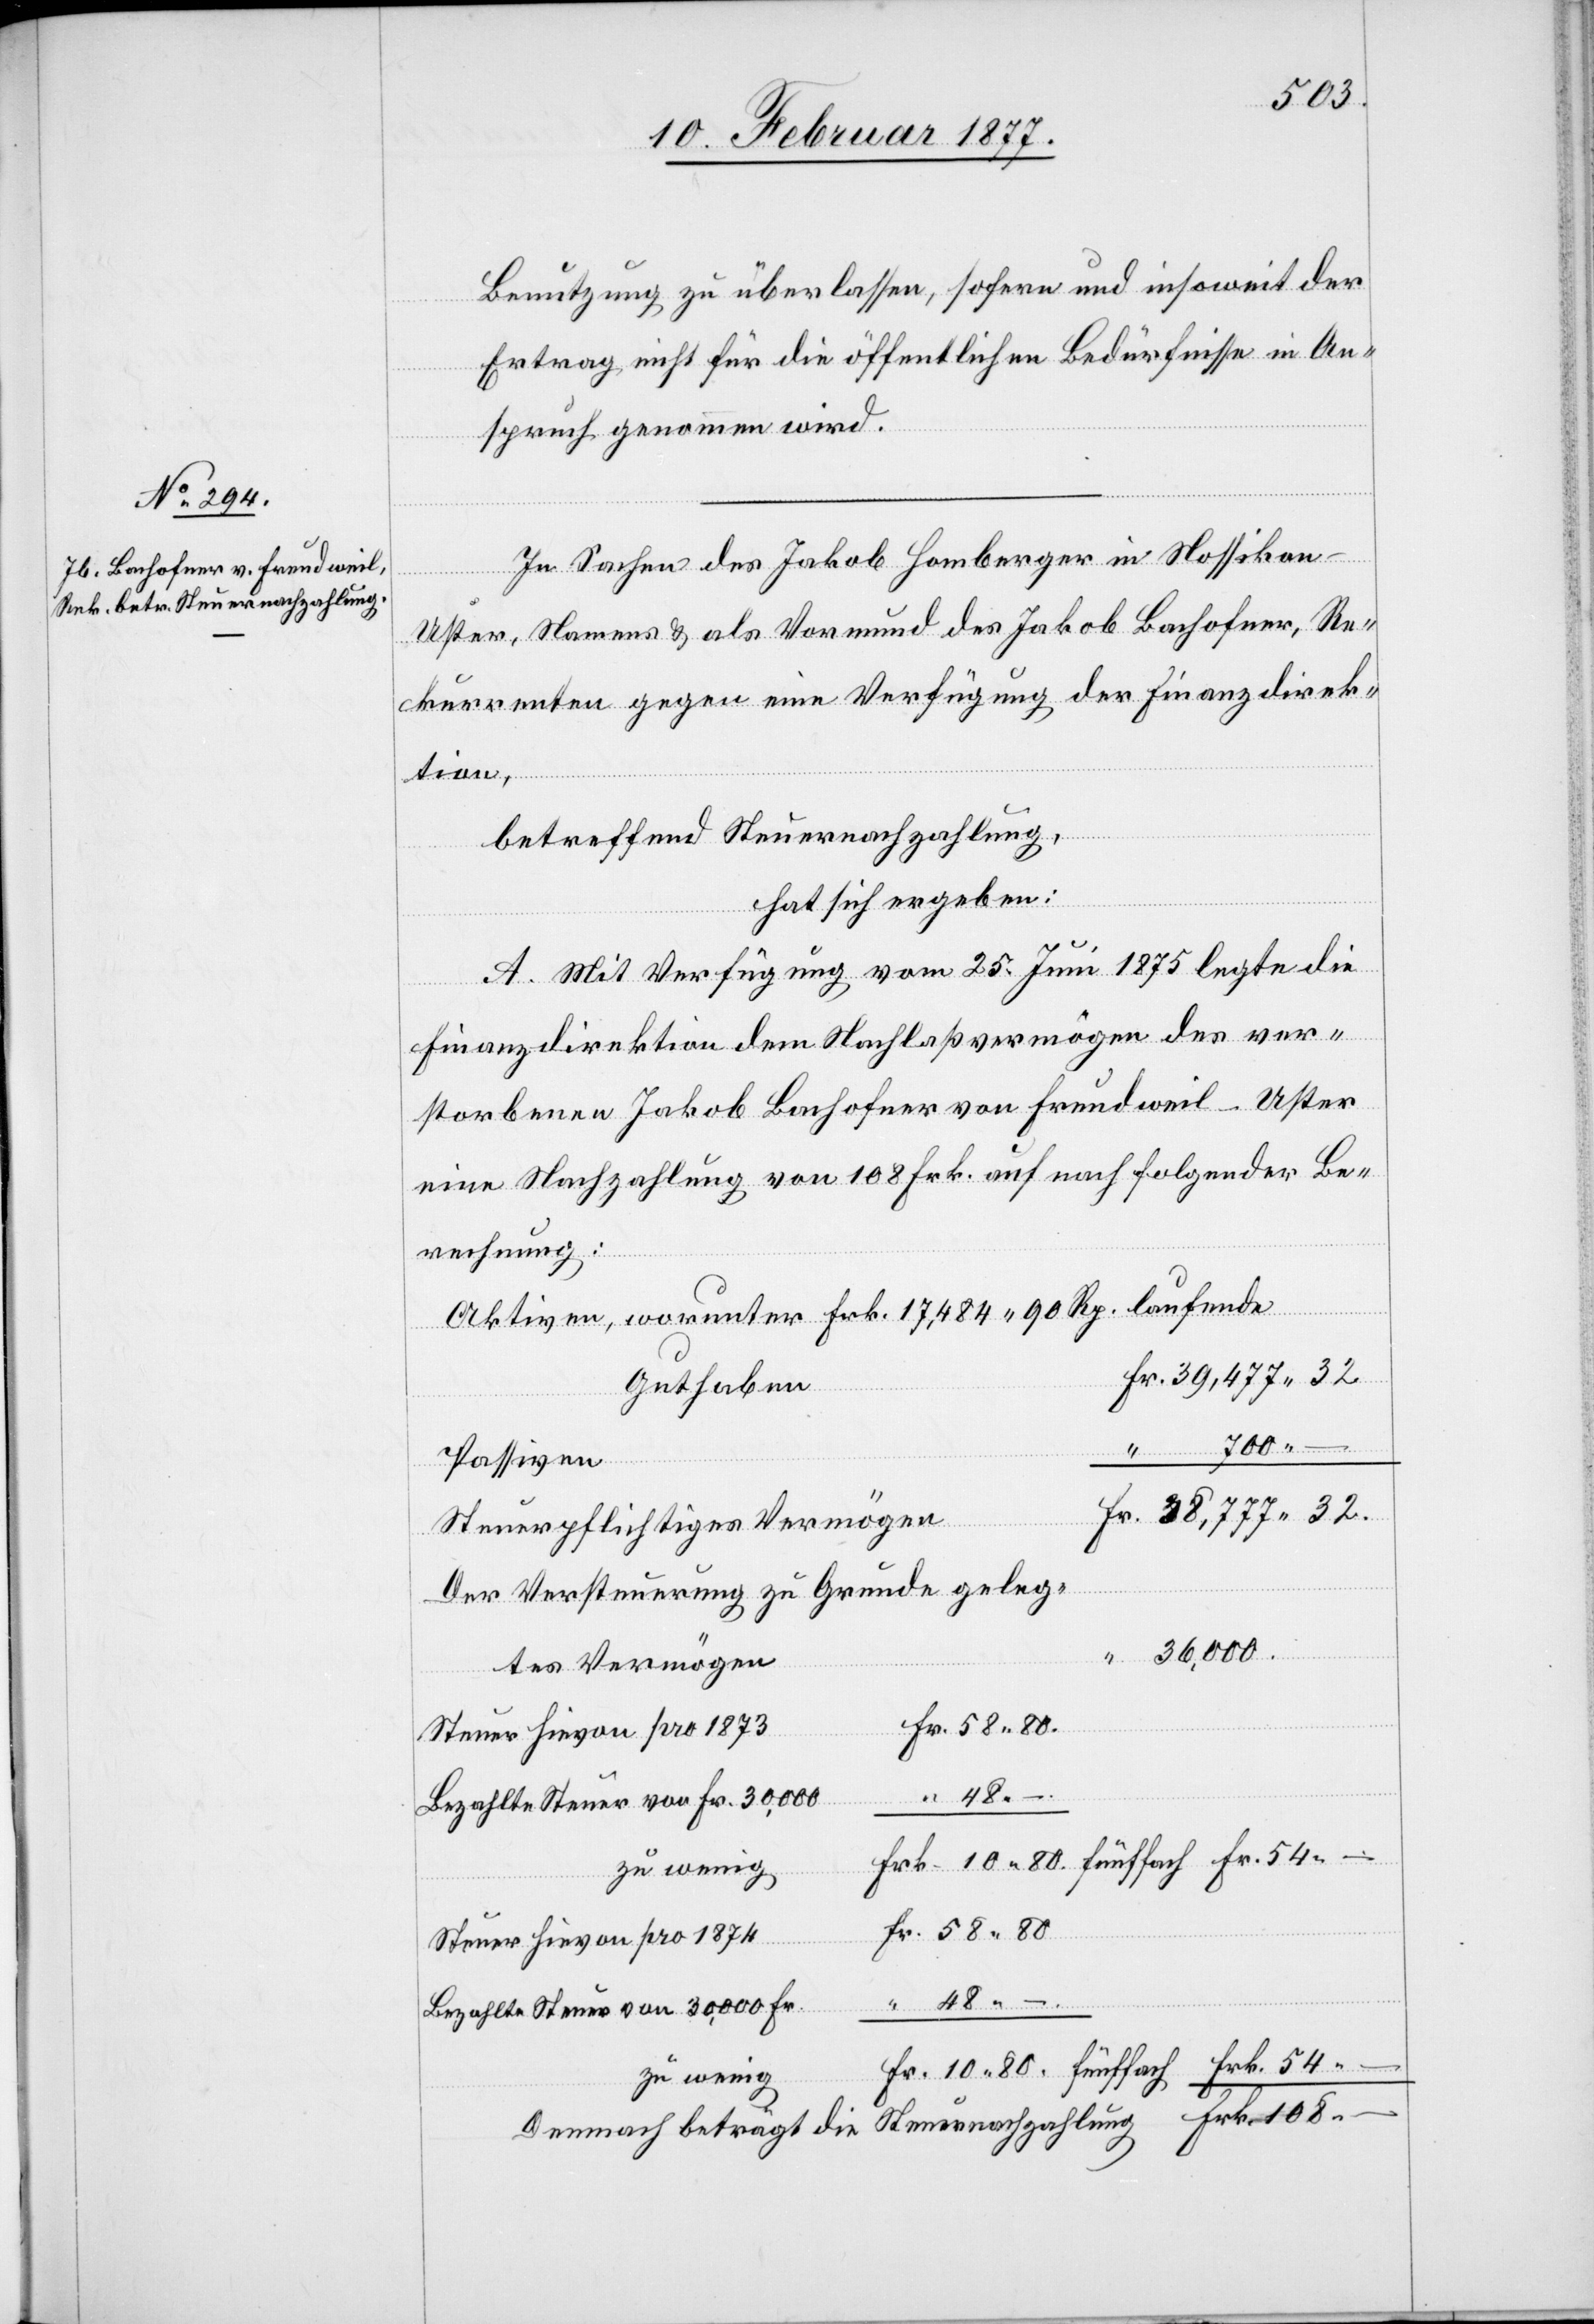
58.80
Benutzung zu überlassen, sofern und insoweit der
Ertrag nicht für die öffentlichen Bedürfnisse in An¬
spruch genommen wird.
In Sachen des Jakob Homberger in Nossikon
Uster, Namens & als Vormund des Jakob Bachofner, Re¬
kurrenten gegen eine Verfügung der Finanzdirek¬
tion,
betreffend Steuernachzahlung,
hat sich ergeben:
108.
A. Mit Verfügung vom 25. Juni 1875 legte die
Finanzdirektion dem Nachlaßvermögen des ver¬
storbenen Jakob Bachofner von Freudweil - Uster
eine Nachzahlung von 108 Frk. auf nach folgender Be¬
rechnung:
Aktiven, worunter Frk. 17,484 90 Rp. laufende
Guthaben
700.
–
Passiven
Steuerpflichtiges Vermögen
Der Versteuerung zu Grunde geleg¬
36,000.
tes Vermögen
Steuer hievon pro 1873
Bezahlte Steuer von Fr. 30,000
Steuer hievon pro 1874
Bezahlte Steuer von 30,000 Fr.
zu wenig
Demnach beträgt die Steuernachzahlung